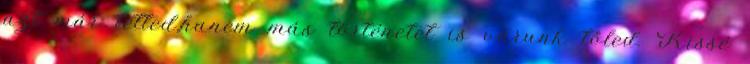
azt már tetted,hanem más történetet is várunk tőled. Kissé